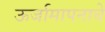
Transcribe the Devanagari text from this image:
ऊर्जामापनाचे